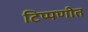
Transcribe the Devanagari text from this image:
टिप्पणीत